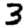
Digit: 3